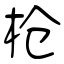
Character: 枪